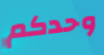
وحدكم